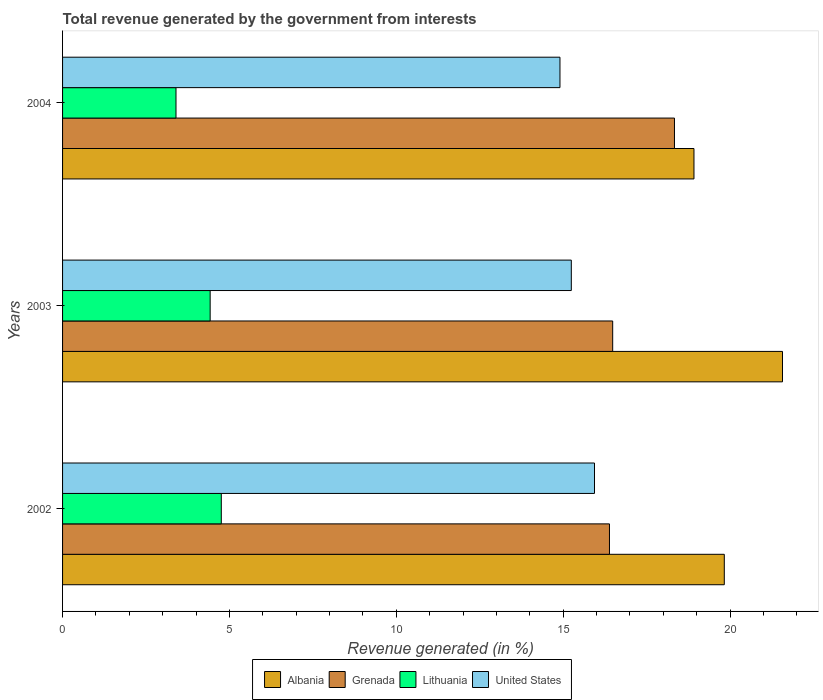
| Years | Albania | Grenada | Lithuania | United States |
 | --- | --- | --- | --- | --- |
 | 2002 | 19.8 | 16.4 | 4.76 | 15.9 |
 | 2003 | 21.6 | 16.5 | 4.42 | 15.2 |
 | 2004 | 18.9 | 18.3 | 3.4 | 14.9 |